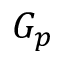
G _ { p }